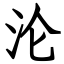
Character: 沦